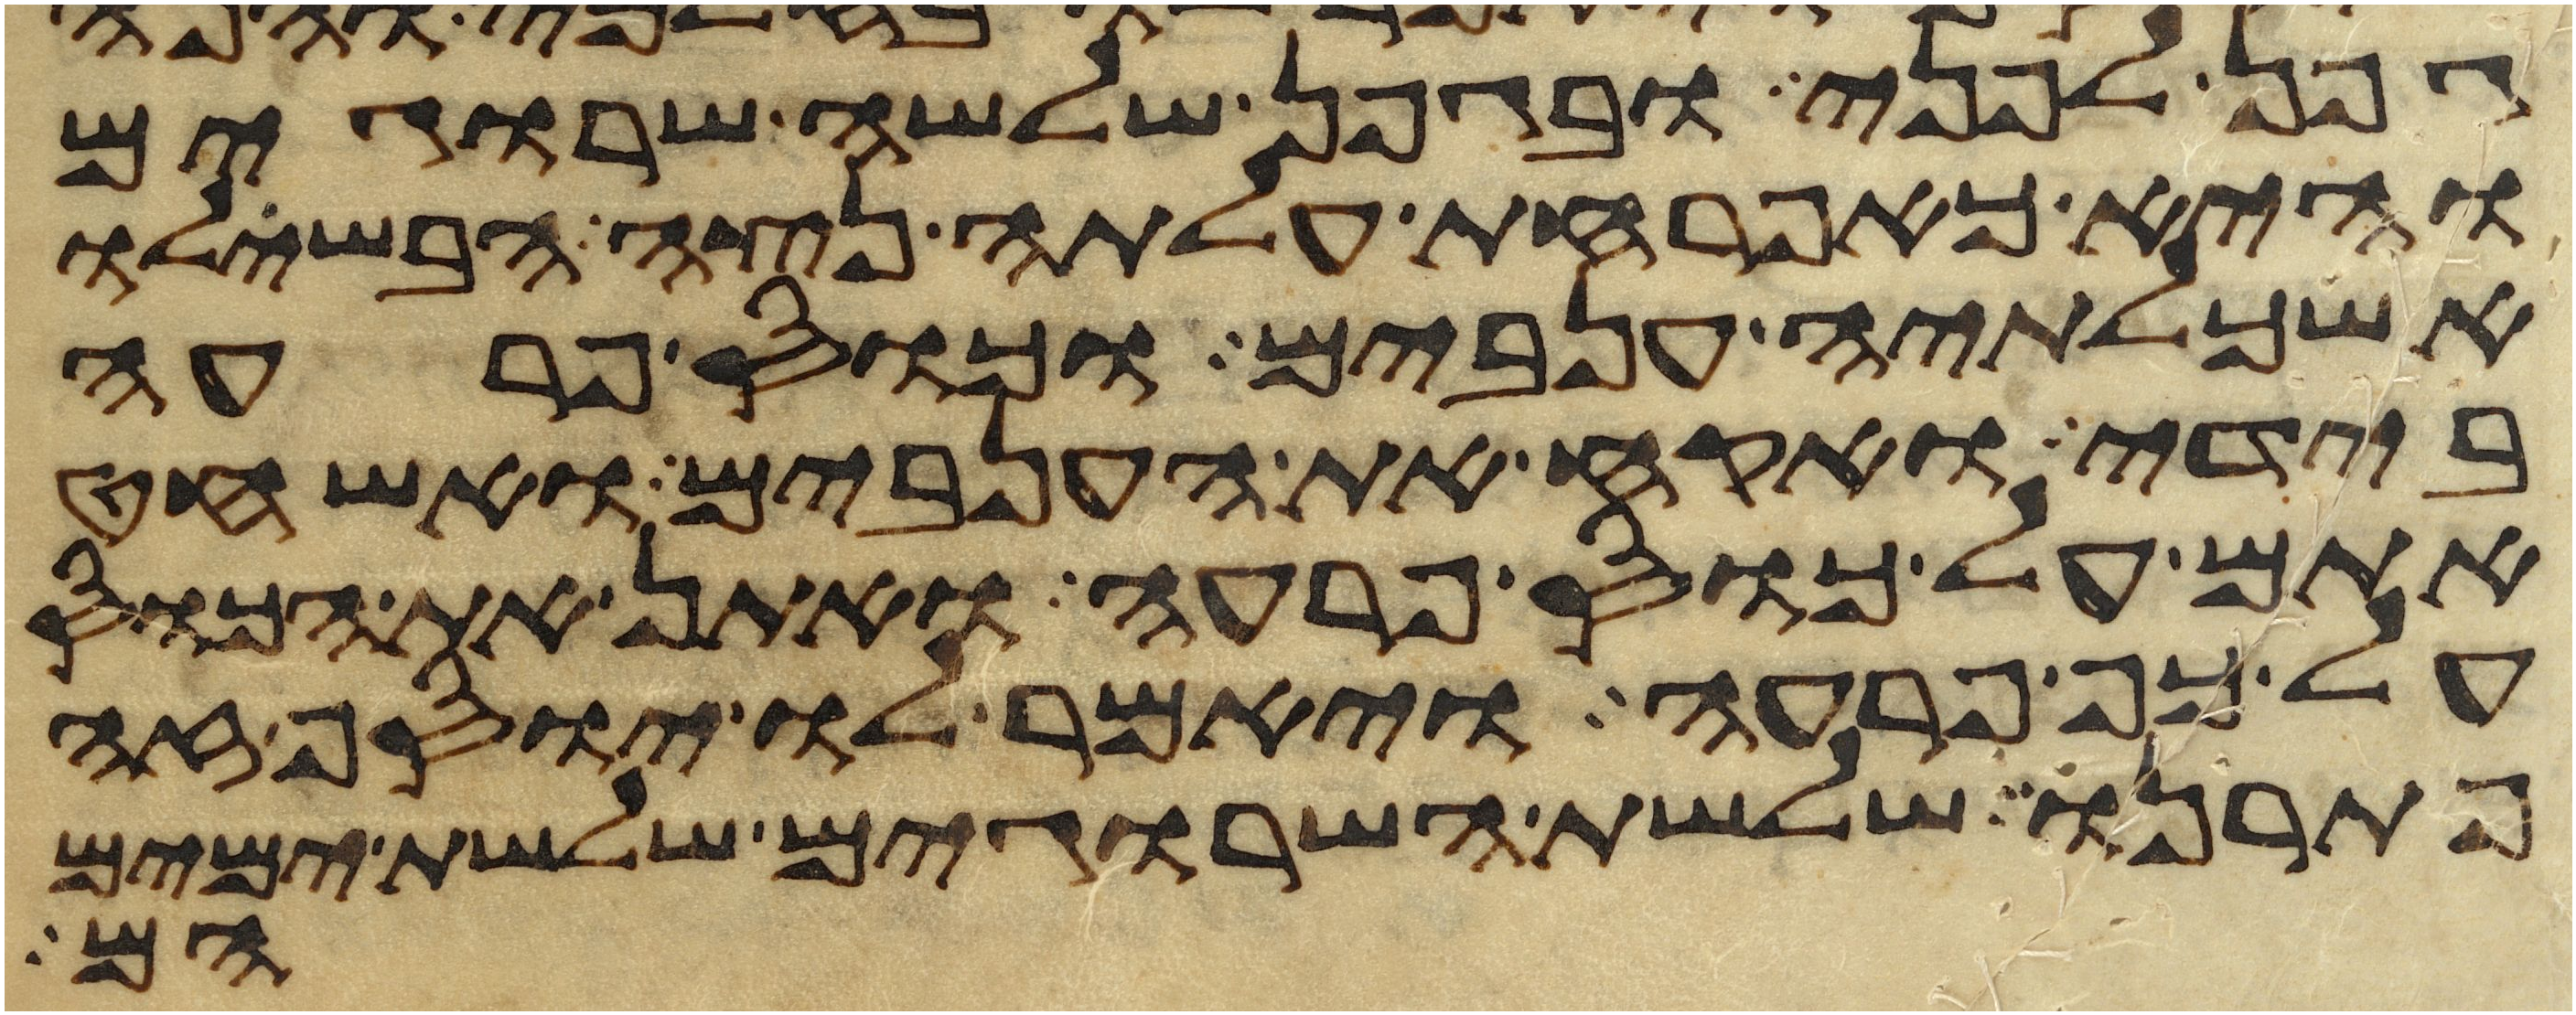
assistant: גפן לפני ובגפן שלשה שרוגים
והיא כאפרחת עלתה נצה הבשילו
אשכלתיה ענבים וכוס פרעה
בידי ואקח את הענבים ואשחט
אתם על כוס פרעה ואתן את הכוס
על כף פרעה ויאמר לו יוסף זה
פתרנו שלשת השרוגים שלשת ימים
הם